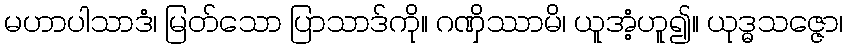
မဟာပါသာဒံ၊ မြတ်သော ပြာသာဒ်ကို။ ဂဏှိဿာမိ၊ ယူအံ့ဟူ၍။ ယုဒ္ဓသဇ္ဇော၊